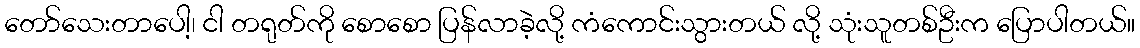
တော်သေးတာပေါ့၊ ငါ တရုတ်ကို စောစော ပြန်လာခဲ့လို့ ကံကောင်းသွားတယ် လို့ သုံးသူတစ်ဦးက ပြောပါတယ်။